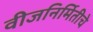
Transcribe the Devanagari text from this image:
वीजनिर्मितीचे